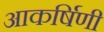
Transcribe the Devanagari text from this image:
आकर्षिणी